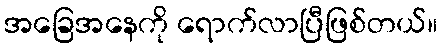
အခြေအနေကို ရောက်လာပြီဖြစ်တယ်။